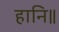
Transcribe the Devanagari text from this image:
हानि॥